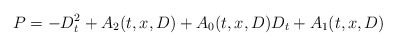
\begin{align*}P=-D_t^2+A_2(t, x, D)+A_0(t, x, D)D_t+A_1(t, x, D)\end{align*}